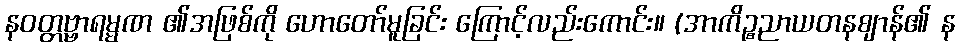
နဝတ္တဗ္ဗာရမ္မဏ ၏အဖြစ်ကို ဟောတော်မူခြင်း ကြောင့်လည်းကောင်း။ (အာကိဉ္စညာယတနဈာန်၏ န